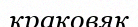
краковяк